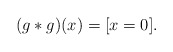
\begin{align*}(g*g)(x) = [x = 0].\end{align*}